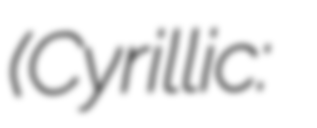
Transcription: (Cyrillic: Бранислав